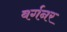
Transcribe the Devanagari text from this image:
बर्गनर